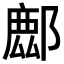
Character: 𨝧